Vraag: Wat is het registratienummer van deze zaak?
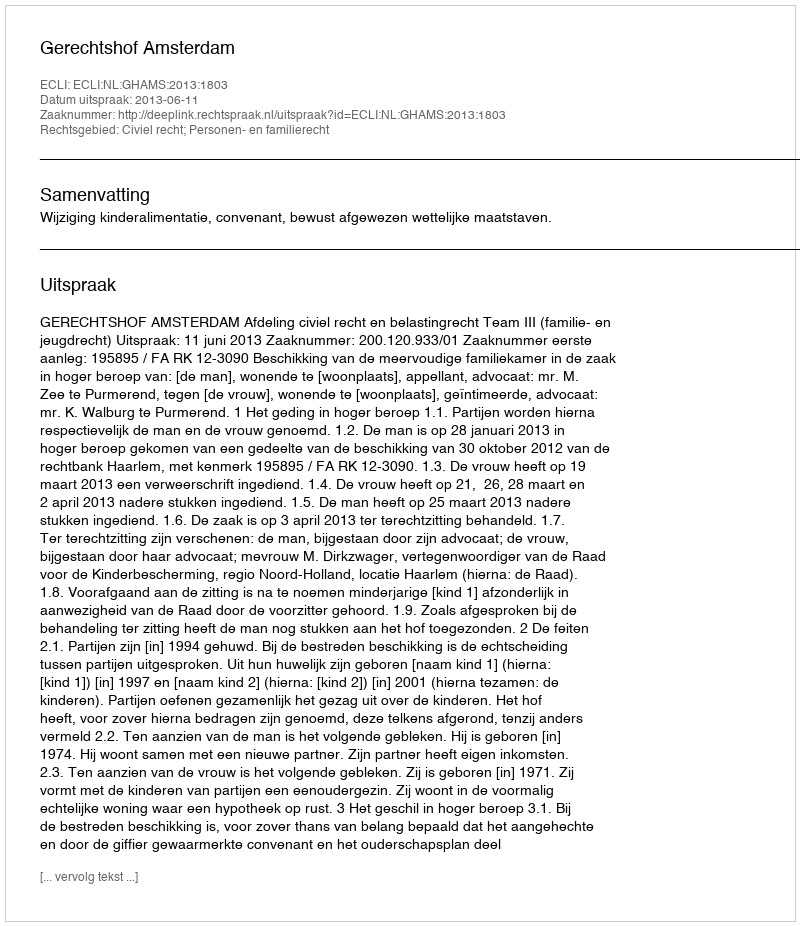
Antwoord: http://deeplink.rechtspraak.nl/uitspraak?id=ECLI:NL:GHAMS:2013:1803